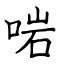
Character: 啱